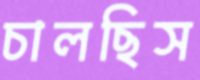
চালছিস